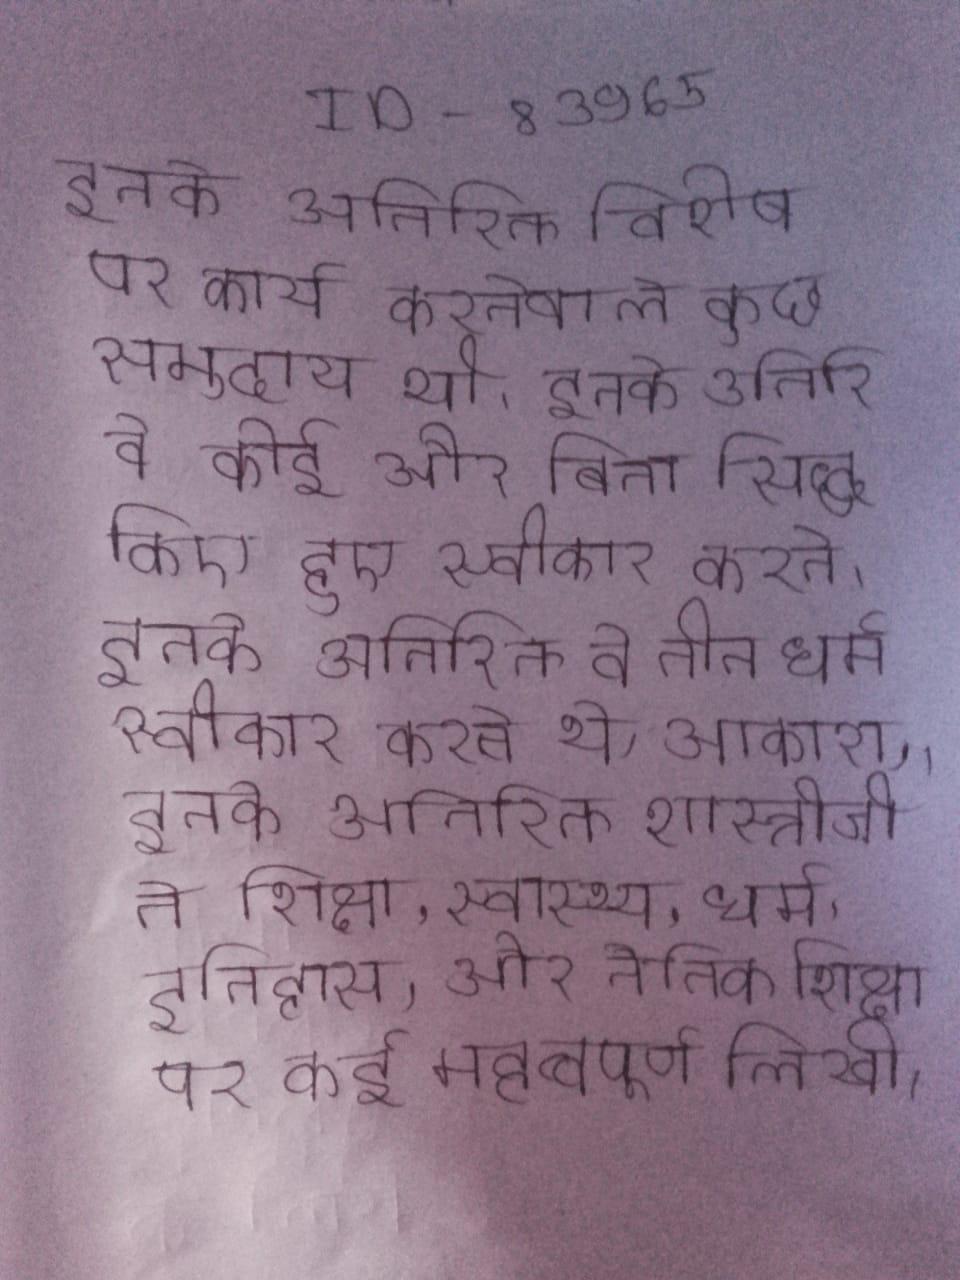
इनके अतिरिक्त विशेष पर कार्य करनेवाले कुछ समुदाय भी । इनके अतिरिक्त वे कोई और बिना सिद्ध किए हुए स्वीकार करते । इनके अतिरिक्त वे तीन धर्म स्वीकार करते थे, आकाश, । इनके अतिरिक्त शास्त्रीजी ने शिक्षा, स्वास्थ्य, धर्म, इतिहास, और नैतिक शिक्षा पर कई महत्वपूर्ण लिखी ।